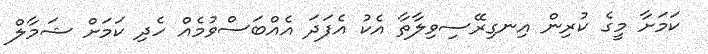
ކަމަށާ މީގެ ކުރިން އިނގިރޭސިވިލާތާ އެކު އެފަދަ އެއްބަސްވުމެއް ހެދި ކަމަށް ޝަމާލް